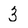
Character: 3